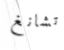
تشانغ